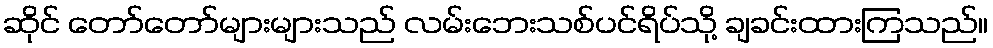
ဆိုင် တော်တော်များများသည် လမ်းဘေးသစ်ပင်ရိပ်သို့ ချခင်းထားကြသည်။